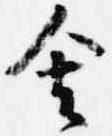
舎